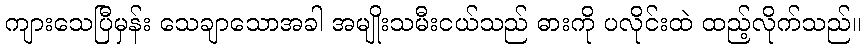
ကျားသေပြီမှန်း သေချာသောအခါ အမျိုးသမီးငယ်သည် ဓားကို ပလိုင်းထဲ ထည့်လိုက်သည်။